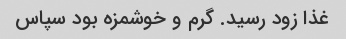
غذا زود رسید. گرم و خوشمزه بود سپاس